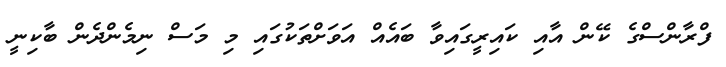
ފްރާންސްގެ ކޭން އާއި ކައިރީގައިވާ ބައެއް އަވަށްތަކުގައި މި މަސް ނިމެންދެން ބާކިނީ